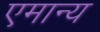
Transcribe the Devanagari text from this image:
एमान्य